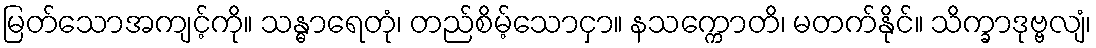
မြတ်သောအကျင့်ကို။ သန္ဓာရေတုံ၊ တည်စိမ့်သောငှာ။ နသက္ကောတိ၊ မတက်နိုင်။ သိက္ခာဒုဗ္ဗလျံ၊